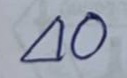
40